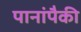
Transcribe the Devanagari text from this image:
पानांपैकी